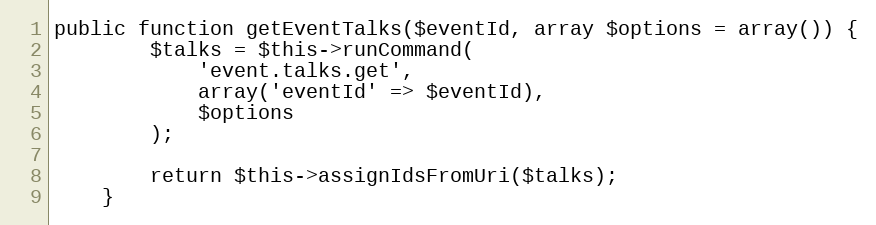
Language: PHP
public function getEventTalks($eventId, array $options = array()) {
        $talks = $this->runCommand(
            'event.talks.get',
            array('eventId' => $eventId),
            $options
        );

        return $this->assignIdsFromUri($talks);
    }